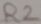
Text: R2